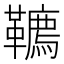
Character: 韀